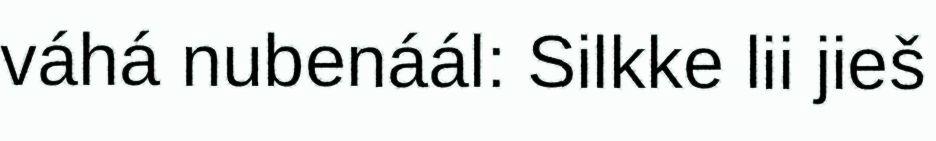
váhá nubenáál: Silkke lii jieš